Tartu_Linna_ja_Maakonna_Kaitseliit, lk 6
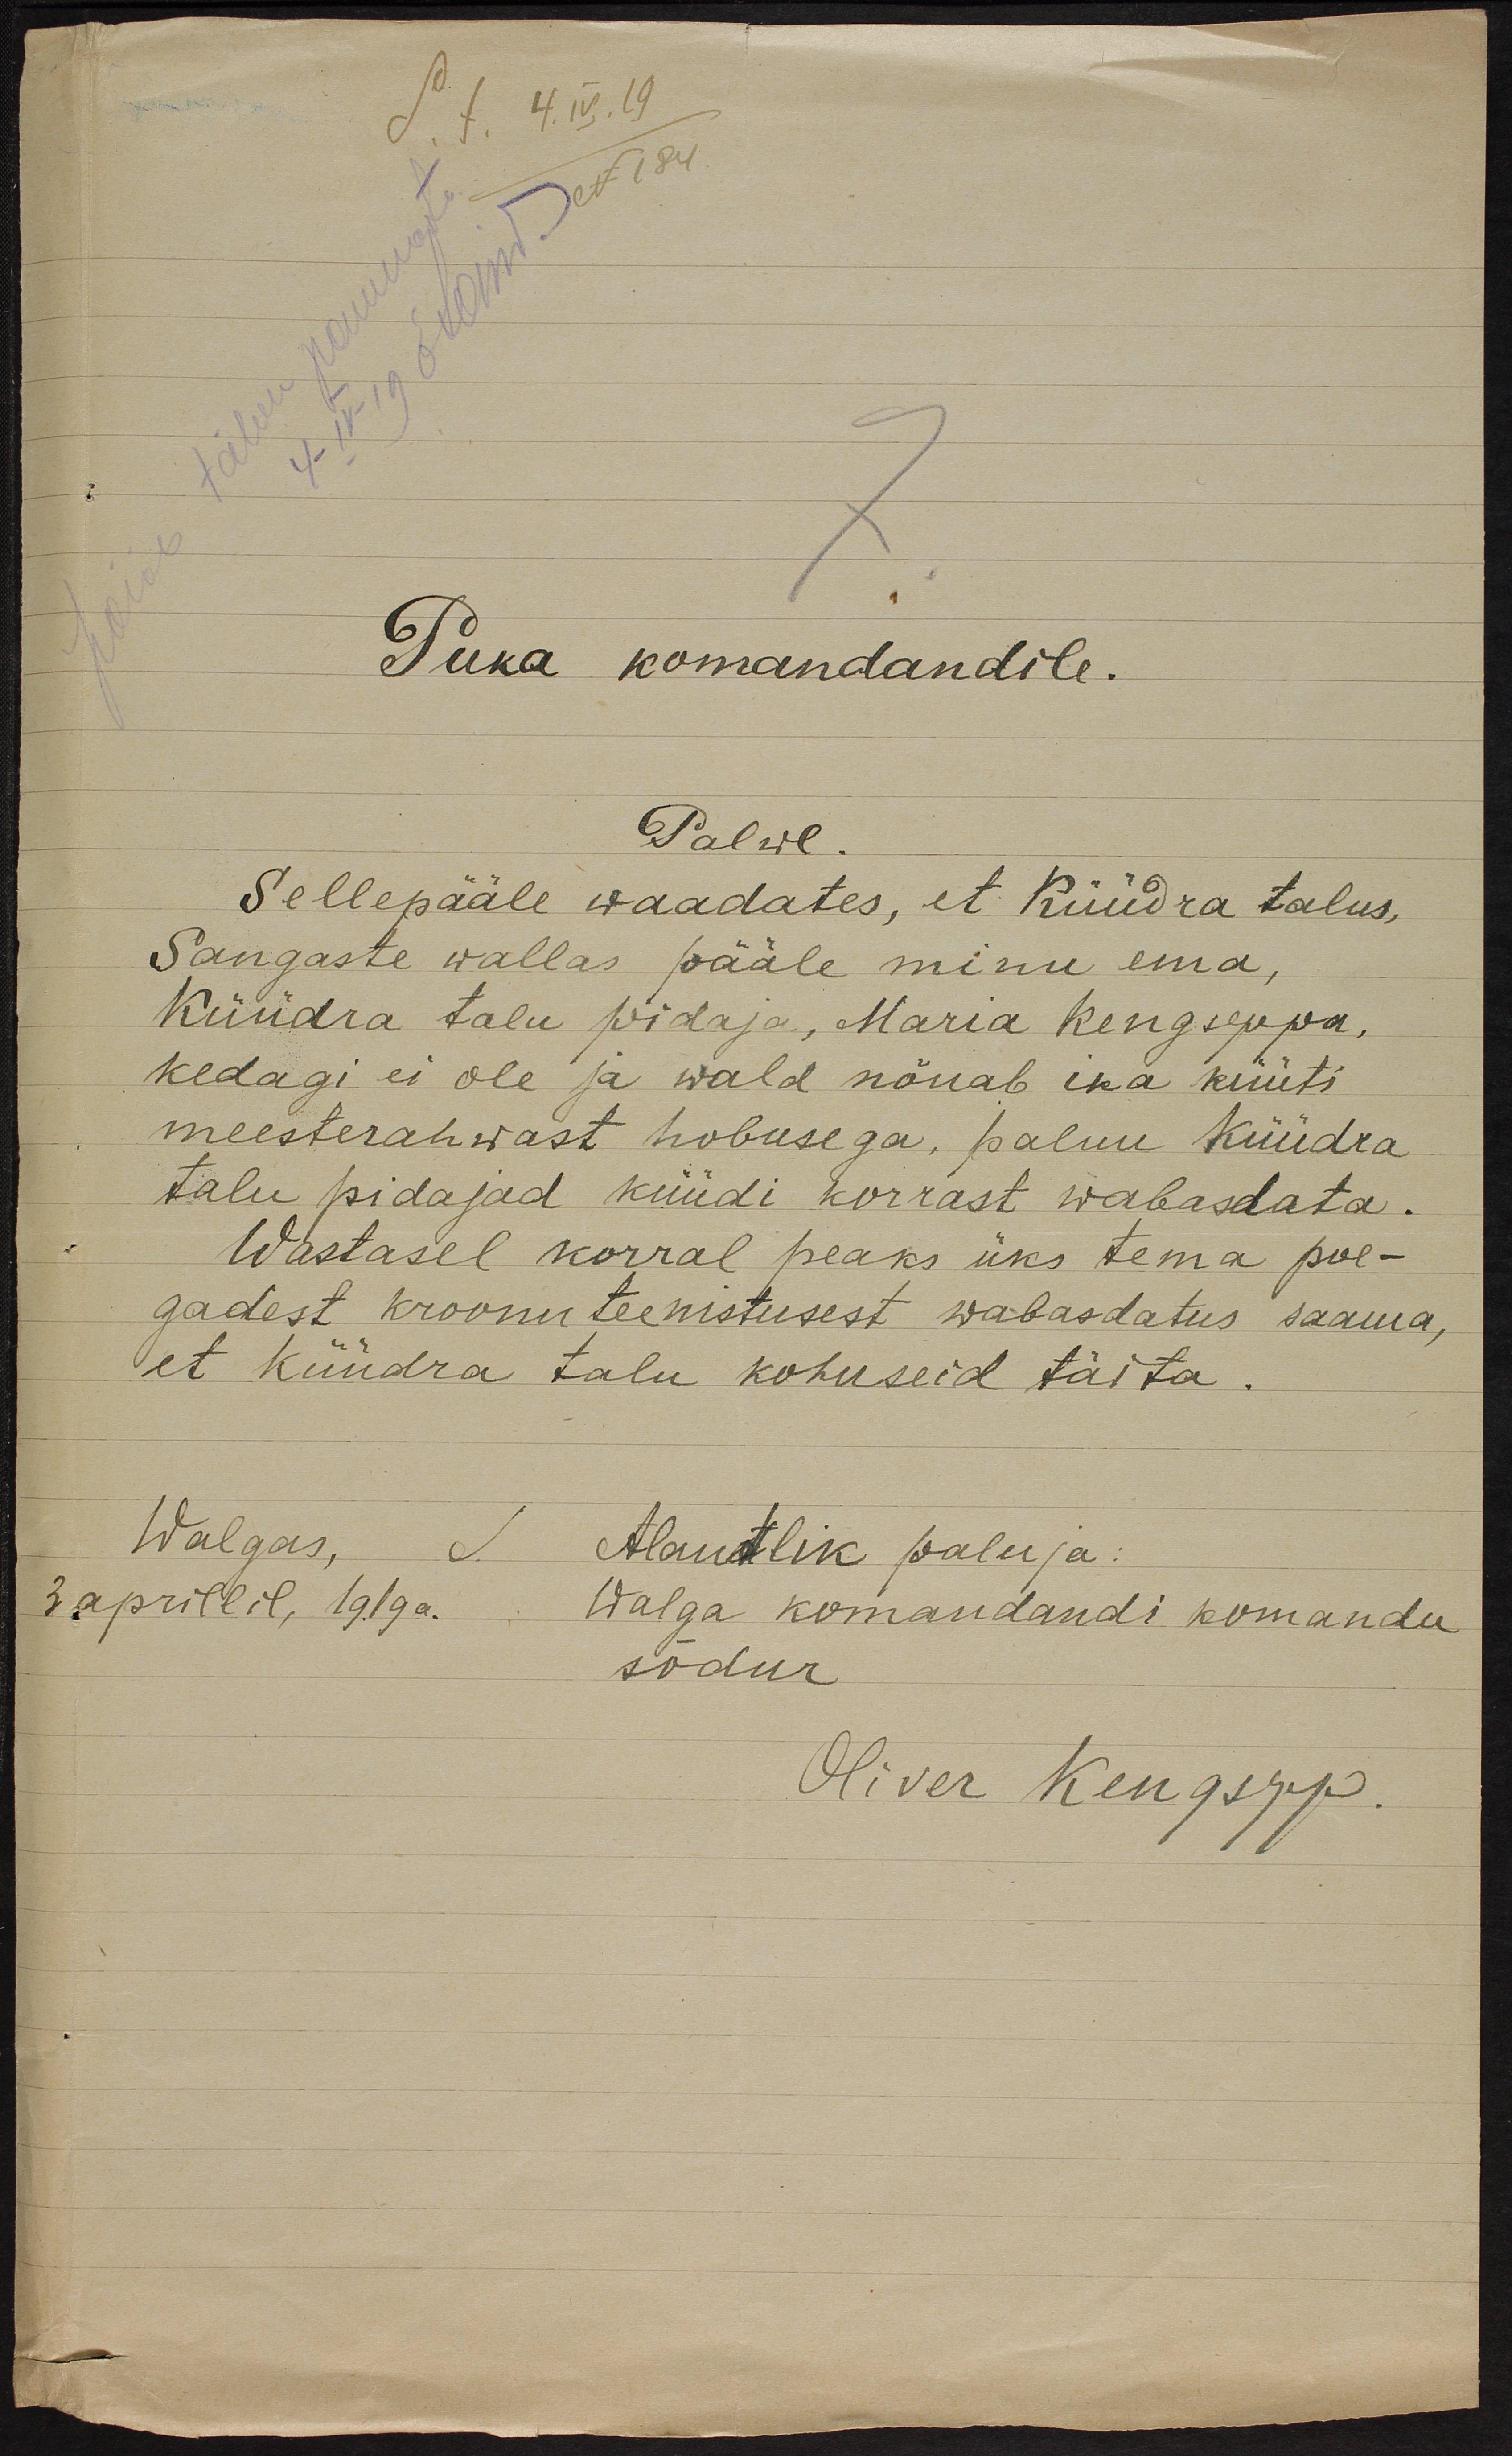
Puka komandandile.
Palwe
Sellepääle waadates, et Küüdra talus,
Sangaste wallas pääle minu ema,
Küüdra talu pidaja, Maria Kengseppa,
kedagi ei ole ja wald nõuab ika küüti
meesterahwast hobusega, palun Küüdra
talu pidajad küüdi korrast wabasdata.
Wastasel korral peaks üks tema poe-
gadest kroonuteenistusest wabadatus saama,
et Küüdra talu kohuseid täita.
Walgas, J. Alantlik paluja:
3 aprillil, 1919a. Walga komandandi komandu
sõdur
Oliver Kengsepp.